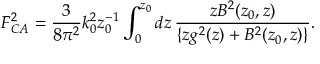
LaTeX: F _ { C A } ^ { 2 } = { \frac { 3 } { 8 \pi ^ { 2 } } } k _ { 0 } ^ { 2 } z _ { 0 } ^ { - 1 } \int _ { 0 } ^ { z _ { 0 } } d z \, { \frac { z B ^ { 2 } ( z _ { 0 } , z ) } { \{ z g ^ { 2 } ( z ) + B ^ { 2 } ( z _ { 0 } , z ) \} } } .